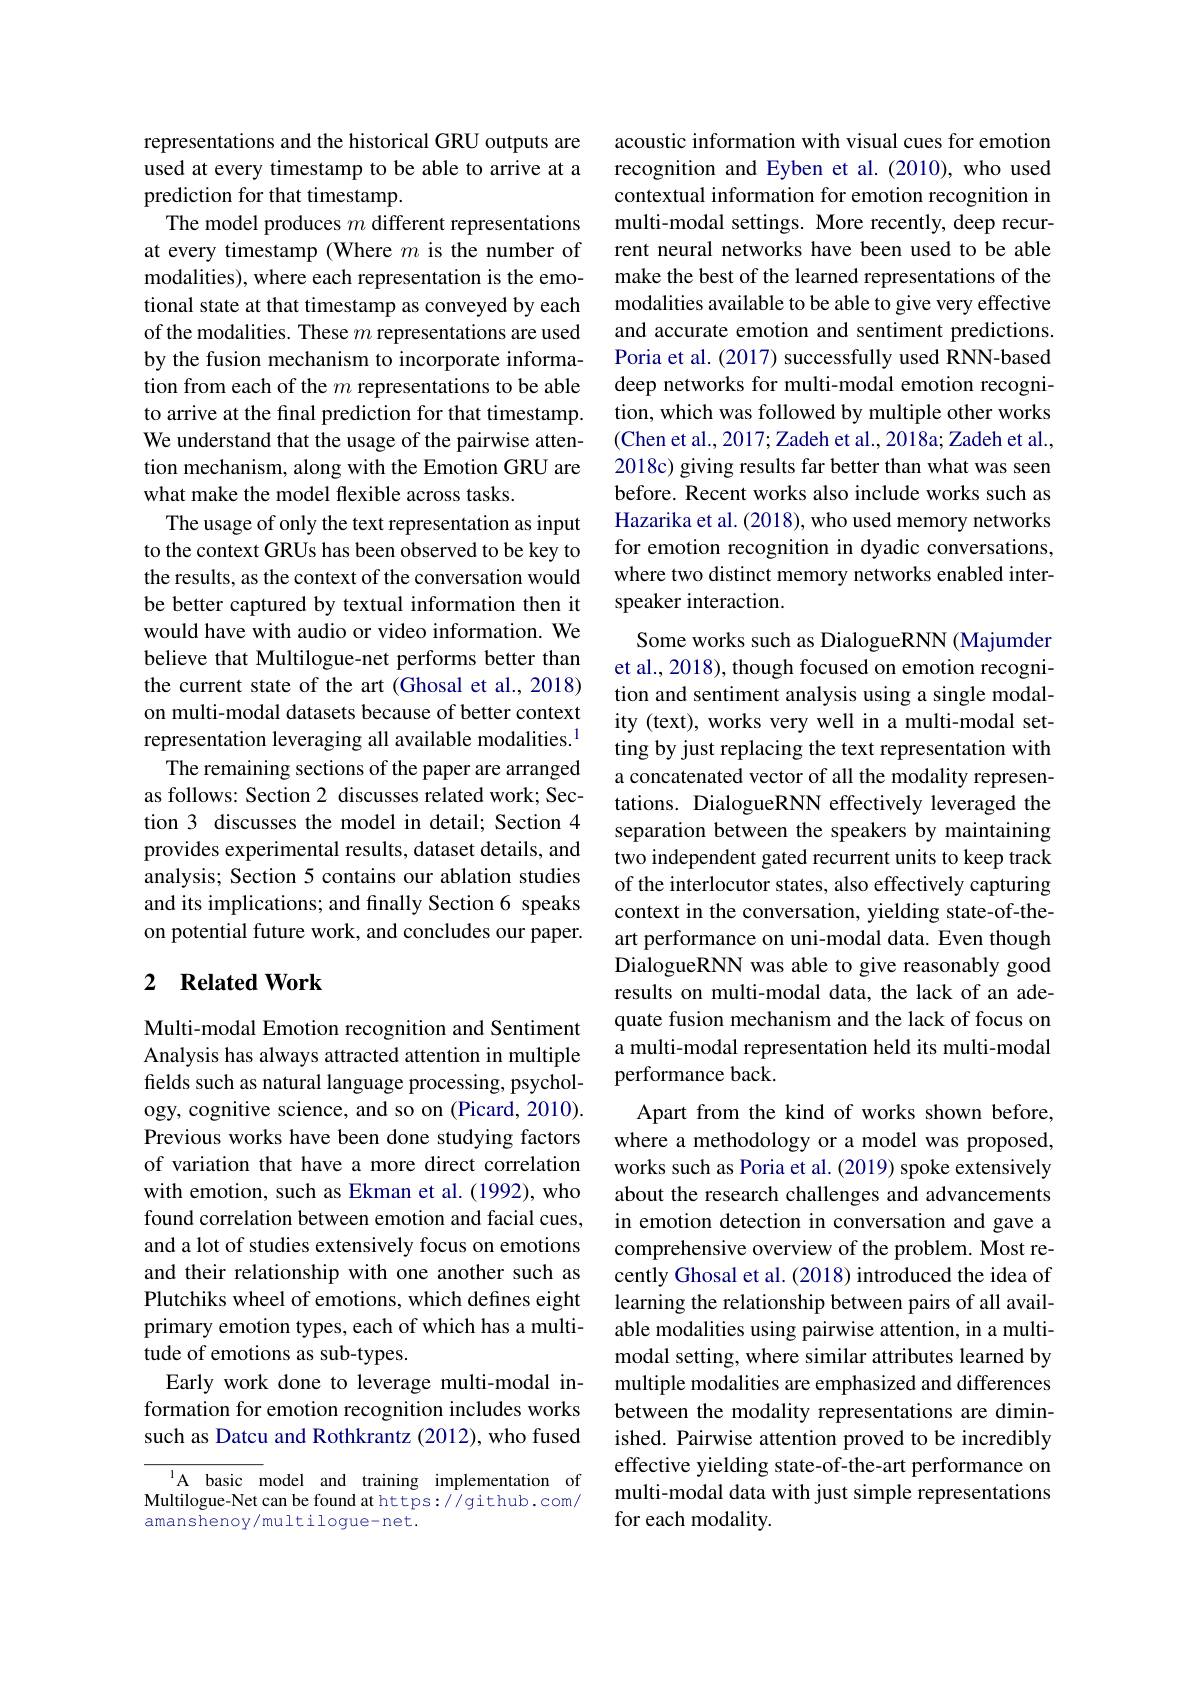
representations and the historical GRU outputs are used at every timestamp to be able to arrive at a prediction for that timestamp.
The model produces $m$ different representations at every timestamp (Where $m$ is the number of modalities), where each representation is the emotional state at that timestamp as conveyed by each of the modalities. These $m$ representations are used by the fusion mechanism to incorporate information from each of the $m$ representations to be able to arrive at the final prediction for that timestamp. We understand that the usage of the pairwise attention mechanism, along with the Emotion GRU are what make the model flexible across tasks.
The usage of only the text representation as input to the context GRUs has been observed to be key to the results, as the context of the conversation would be better captured by textual information then it would have with audio or video information. We believe that Multilogue-net performs better than the current state of the art (Ghosal et al., 2018) on multi-modal datasets because of better context representation leveraging all available modalities.$^{1}$
The remaining sections of the paper are arranged as follows: Section 2 discusses related work; Section 3 discusses the model in detail; Section 4 provides experimental results, dataset details, and analysis; Section 5 contains our ablation studies and its implications; and finally Section 6 speaks on potential future work, and concludes our paper.

## 2 $\textbf{Related Work}$

Multi-modal Emotion recognition and Sentiment Analysis has always attracted attention in multiple fields such as natural language processing, psychology, cognitive science, and so on (Picard, 2010). Previous works have been done studying factors of variation that have a more direct correlation with emotion, such as Ekman et al.(1992), who found correlation between emotion and facial cues, and a lot of studies extensively focus on emotions and their relationship with one another such as Plutchiks wheel of emotions, which defines eight primary emotion types, each of which has a multitude of emotions as sub-types.
Early work done to leverage multi-modal information for emotion recognition includes works such as Datcu and Rothkrantz (2012), who fused

A basic model and training implementation of Multilogue-Net can be found at https://github.com/ amanshenoy/multilogue-net.

acoustic information with visual cues for emotion recognition and Eyben et al. (2010), who used contextual information for emotion recognition in multi-modal settings. More recently, deep recurrent neural networks have been used to be able make the best of the learned representations of the modalities available to be able to give very effective and accurate emotion and sentiment predictions. Poria et al. (2017) successfully used RNN-based deep networks for multi-modal emotion recognition, which was followed by multiple other works (Chen et al., 2017; Zadeh et al., 2018a; Zadeh et al., 2018c) giving results far better than what was seen before. Recent works also include works such as Hazarika et al. (2018), who used memory networks for emotion recognition in dyadic conversations, where two distinct memory networks enabled interspeaker interaction.
Some works such as DialogueRNN (Majumder et al., 2018), though focused on emotion recognition and sentiment analysis using a single modality (text), works very well in a multi-modal setting by just replacing the text representation with a concatenated vector of all the modality representations. DialogueRNN effectively leveraged the separation between the speakers by maintaining two independent gated recurrent units to keep track of the interlocutor states, also effectively capturing context in the conversation, yielding state-of-theart performance on uni-modal data. Even though DialogueRNN was able to give reasonably good results on multi-modal data, the lack of an adequate fusion mechanism and the lack of focus on a multi-modal representation held its multi-modal performance back.
Apart from the kind of works shown before, where a methodology or a model was proposed, works such as Poria et al. (2019) spoke extensively about the research challenges and advancements in emotion detection in conversation and gave a comprehensive overview of the problem. Most recently Ghosal et al. (2018) introduced the idea of learning the relationship between pairs of all available modalities using pairwise attention, in a multimodal setting, where similar attributes learned by multiple modalities are emphasized and differences between the modality representations are diminished. Pairwise attention proved to be incredibly effective yielding state-of-the-art performance on multi-modal data with just simple representations for each modality.